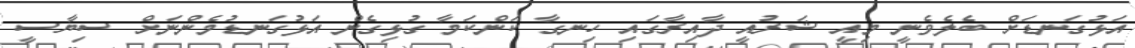
އަޅުގަނޑަށް ބެލެވެނީ މިއީ ޝަރުއީ ދާއިރާގައި ހިނގާ ކަންކަމާ ގުޅިގެން އަޅުގަނޑުމެންނަށް ސިޔާސީ